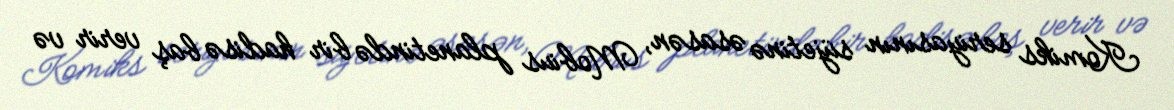
Komiks seriyasının süjetinə əsasən, Mobius planetində bir hadisə baş verir və